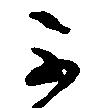
不